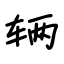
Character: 辆